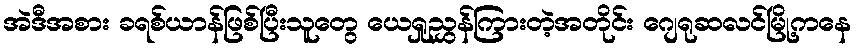
အဲဒီအစား ခရစ်ယာန်ဖြစ်ပြီးသူတွေ ယေရှုညွှန်ကြားတဲ့အတိုင်း ဂျေရုဆလင်မြို့ကနေ